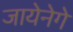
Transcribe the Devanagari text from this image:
जायेनेगे